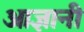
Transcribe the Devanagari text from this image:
आज्ञानी